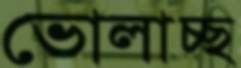
ভোলাচ্ছ